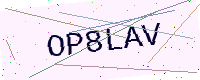
Text: OP8LAV